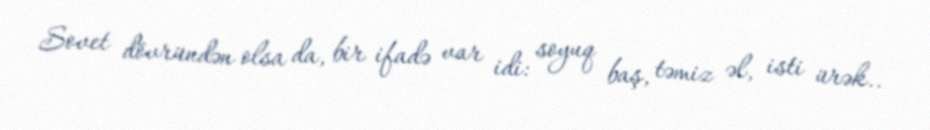
Sovet dövründən olsa da, bir ifadə var idi: soyuq baş, təmiz əl, isti ürək..